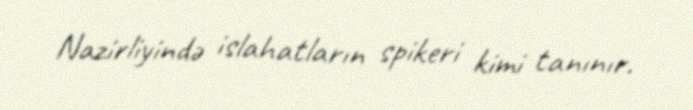
Nazirliyində islahatların spikeri kimi tanınır.